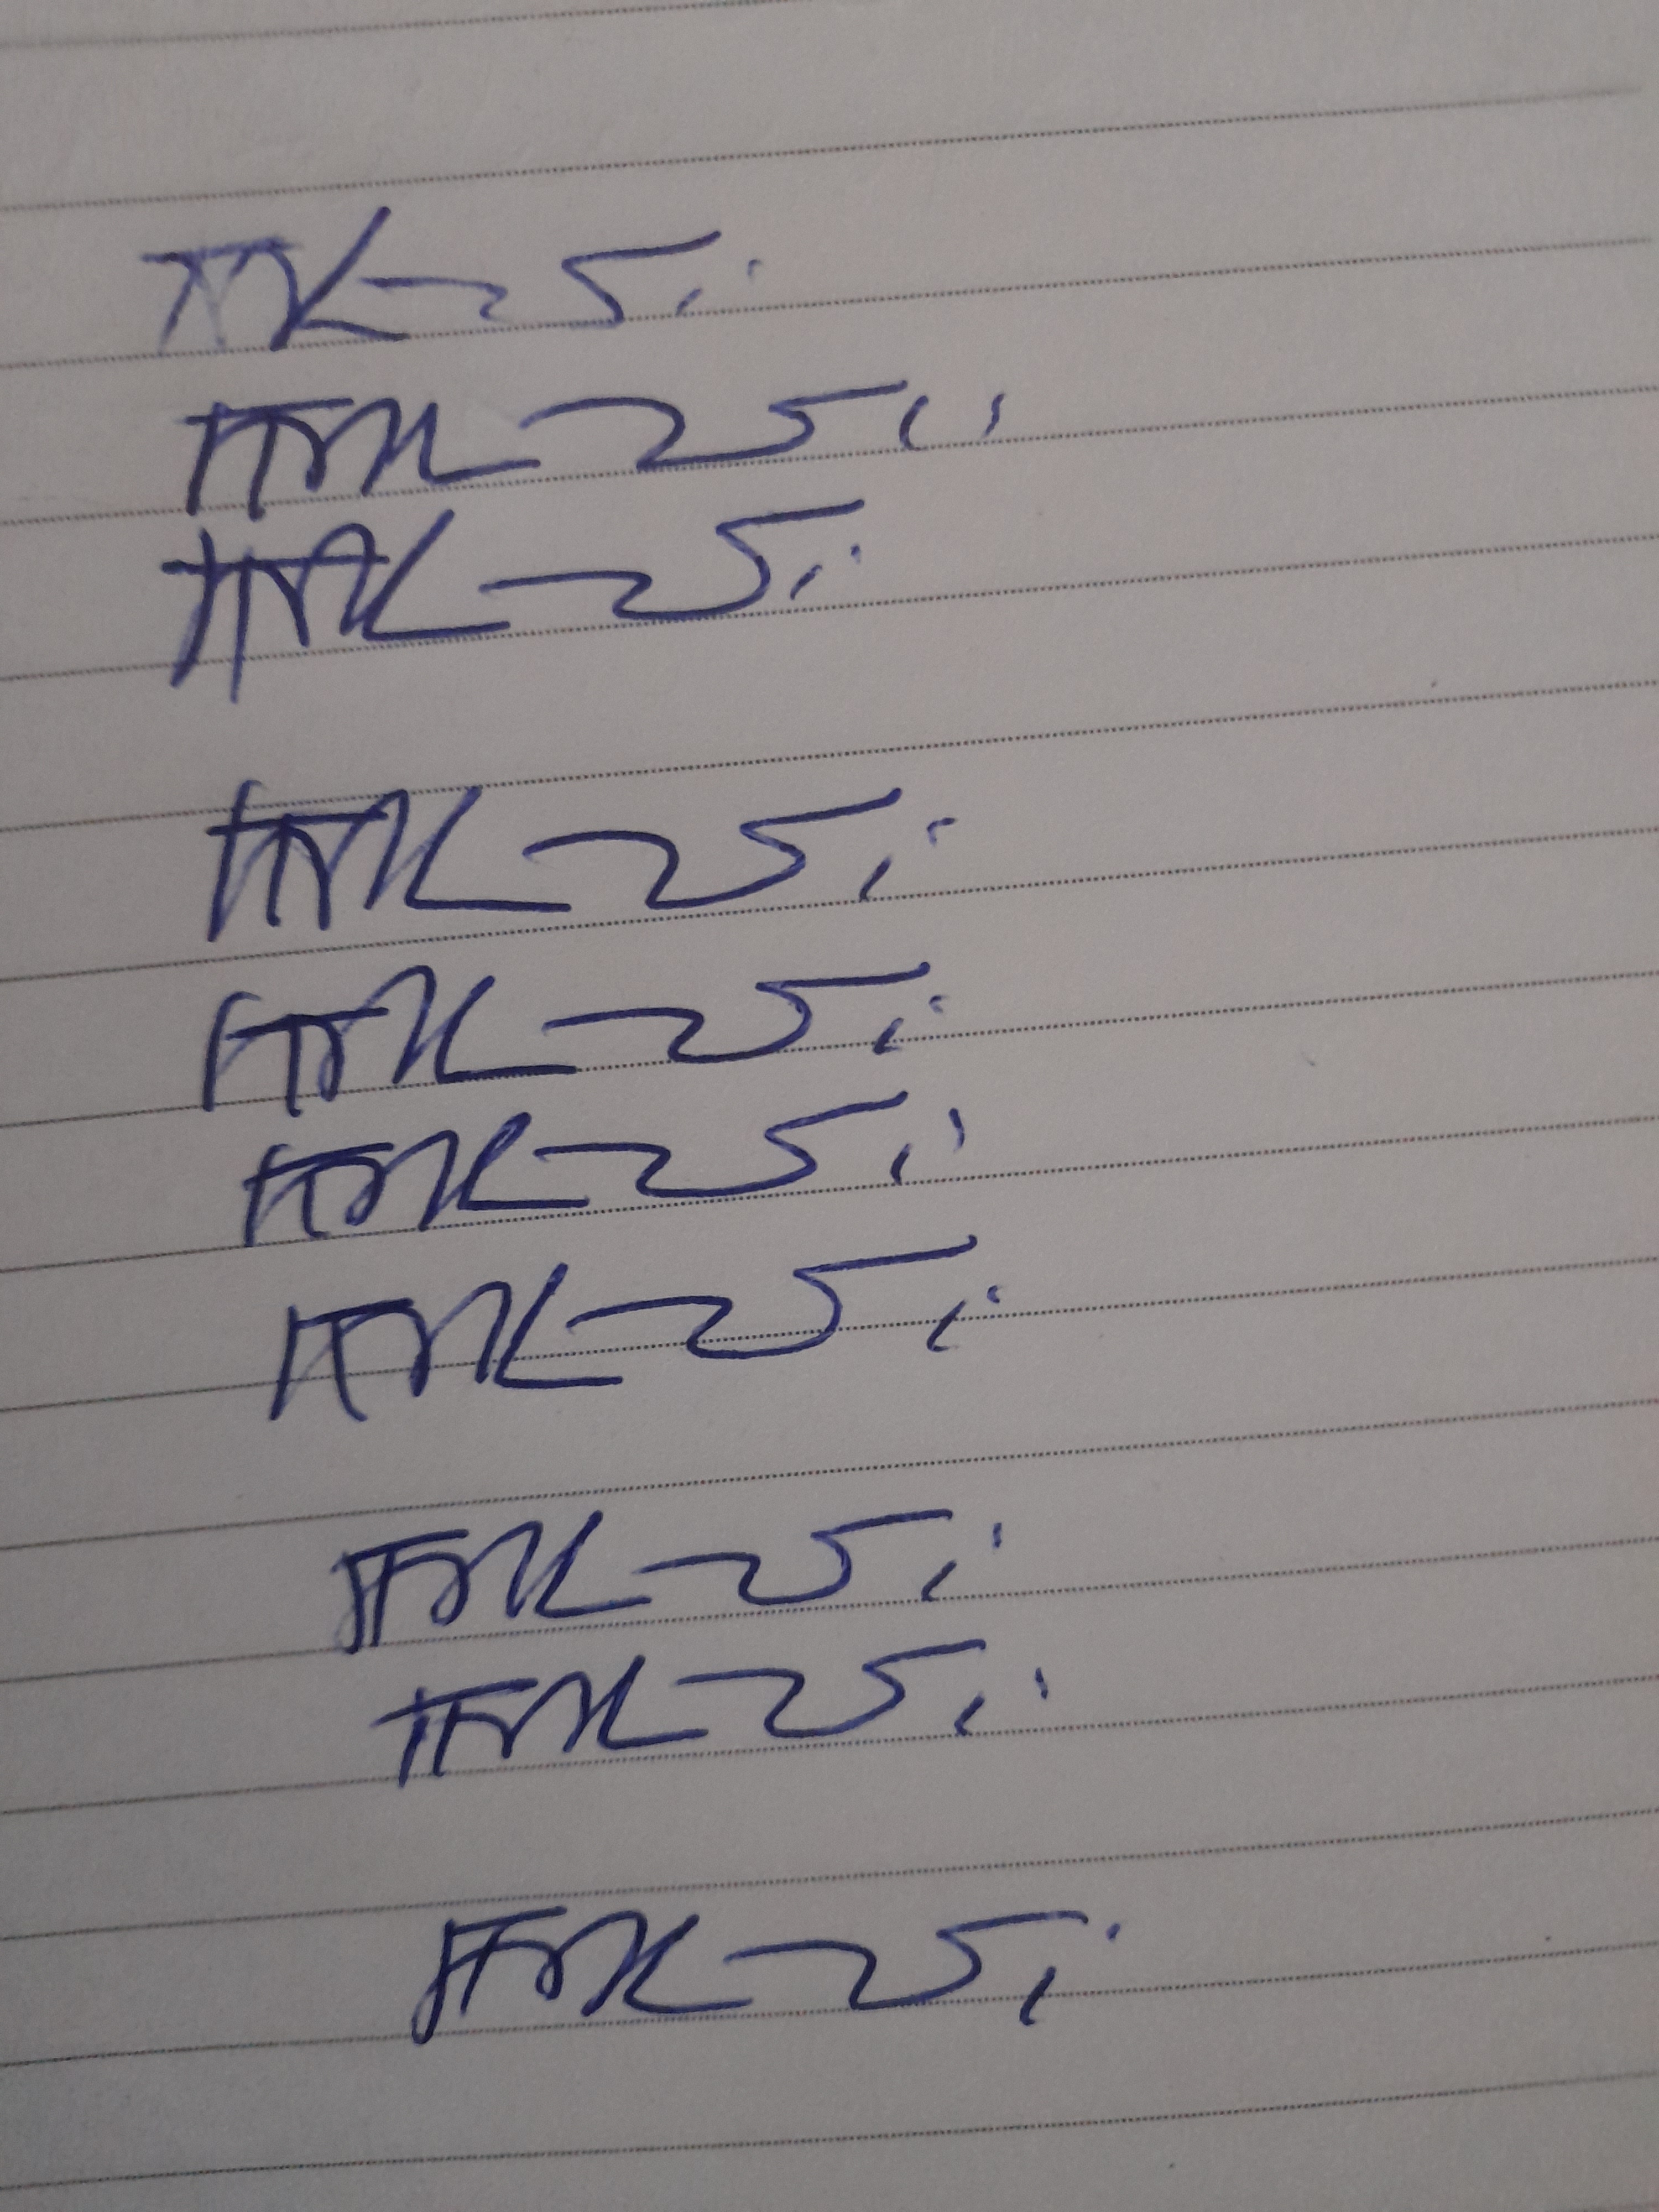
Signature authenticity: genuine